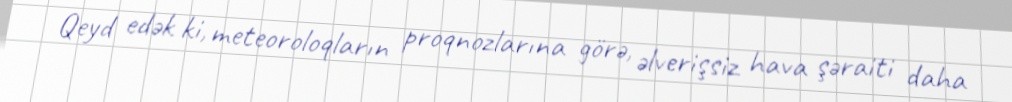
Qeyd edək ki, meteoroloqların proqnozlarına görə, əlverişsiz hava şəraiti daha